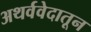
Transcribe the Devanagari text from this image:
अथर्ववेदातून